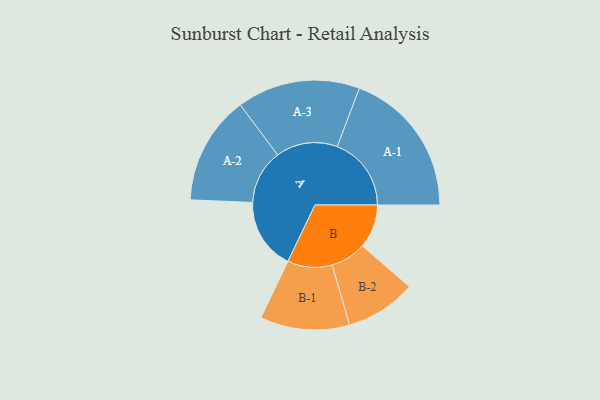
{"axis": {"x": "Segment", "y": "Value"}, "legend": ["", "A", "B"], "data": [{"x": "A", "y": 240, "type": ""}, {"x": "B", "y": 147, "type": ""}, {"x": "A-1", "y": 249, "type": "A"}, {"x": "A-2", "y": 183, "type": "A"}, {"x": "A-3", "y": 207, "type": "A"}, {"x": "B-1", "y": 150, "type": "B"}, {"x": "B-2", "y": 119, "type": "B"}]}